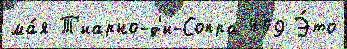
ма́я Т'иарно-д'и-Сопра 409 Э́то